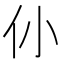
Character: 仦